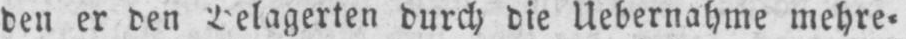
den er den Belagerten durch die Uebernahme mehre⸗